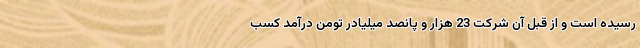
رسیده است و از قِبَل آن شرکت 23 هزار و پانصد میلیادر تومن درآمد کسب